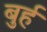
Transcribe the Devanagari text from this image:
बुर्ह